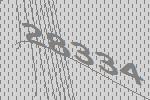
28334